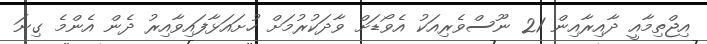
އިޖްތިމާއީ ދާއިރާއިން 21 ނޫސްވެރިއަކު އެވޯޑަށް ވާދަކުރުމަށް ހުށައަޅާފައިވާއިރު ދެން އެންމެ ގިނަ